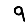
Digit: 9